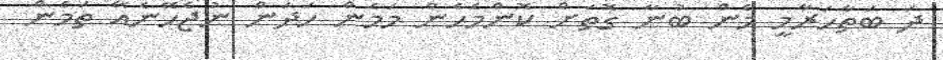
ދަ ބަތާހަރާމީ މެން ބުނާ ގޮތަށް ކޮންމެހެން މަމެން ހަދަން ނުޖެހޭނެއޭ ތަމެން